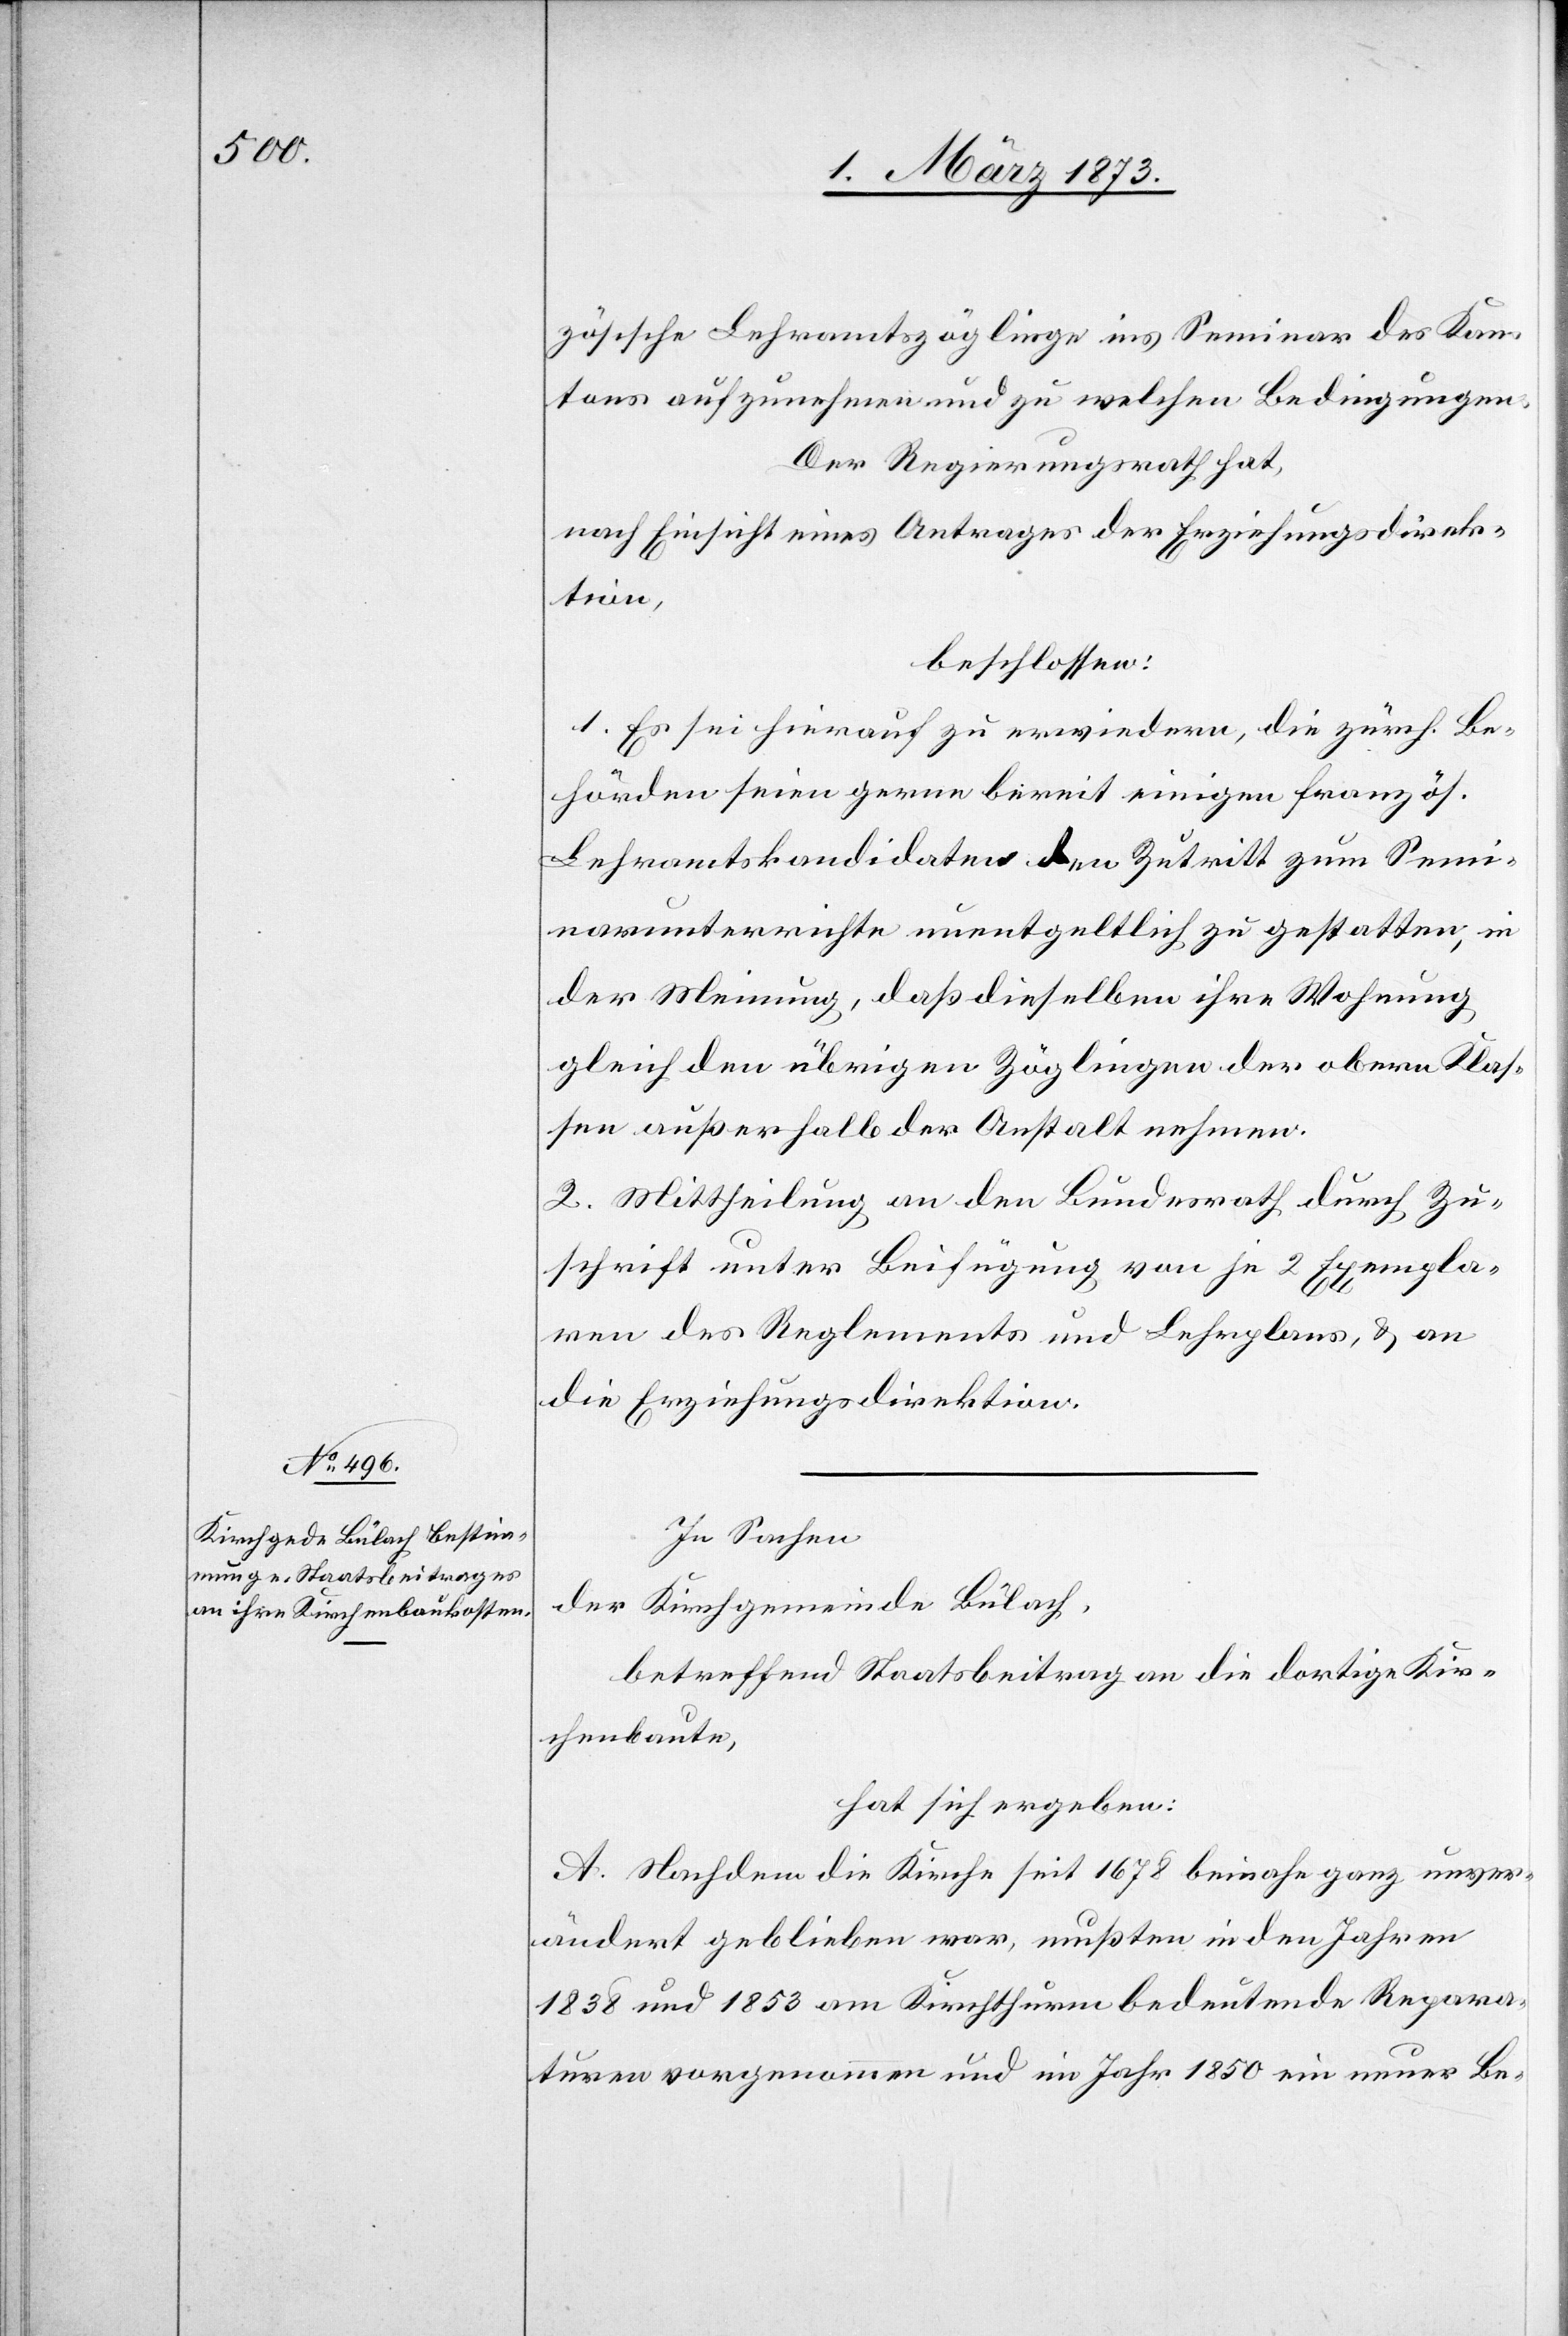
zösische Lehramtszöglinge ins Seminar des Kan¬
tons aufzunehmen und zu welchen Bedingungen.
Der Regierungsrath hat,
nach Einsicht eines Antrages der Erziehungsdirek¬
tion,
beschlossen:
1. Es sei hierauf zu erwiedern, die zürch. Be¬
hörden seien gerne bereit einigen französ.
Lehramtskandidaten den Zutritt zum Semi¬
narunterrichte unentgeltlich zu gestatten, in
der Meinung, daß dieselben ihre Wohnung
gleich den übrigen Zöglingen der obern Klas¬
sen außerhalb der Anstalt nehmen.
2. Mittheilung an den Bundesrath durch Zu¬
schrift unter Beifügung von je 2 Exempla¬
ren des Reglements und Lehrplans, u. an
die Erziehungsdirektion.
In Sachen
der Kirchgemeinde Bülach,
betreffend Staatsbeitrag an die dortige Kir¬
chenbaute,
hat sich ergeben:
A. Nachdem die Kirche seit 1678 beinahe ganz unver¬
ändert geblieben war, mußten in den Jahren
1838 und 1853 am Kirchthurm bedeutende Repara¬
turen vorgenommen und im Jahr 1850 ein neuer Be-